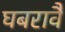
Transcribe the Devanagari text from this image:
घबरावै